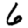
Digit: 6